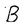
Character: B